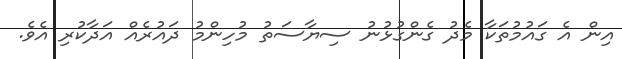
އިން އެ ގައުމުތަކާ މެދު ގެންގުޅުނު ސިޔާސަތު މުހިންމު ދައުރެއް އަދާކުރި އެވެ.